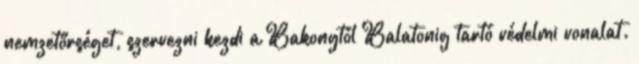
nemzetőrséget, szervezni kezdi a Bakonytól Balatonig tartó védelmi vonalat.